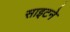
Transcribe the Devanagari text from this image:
साइटने